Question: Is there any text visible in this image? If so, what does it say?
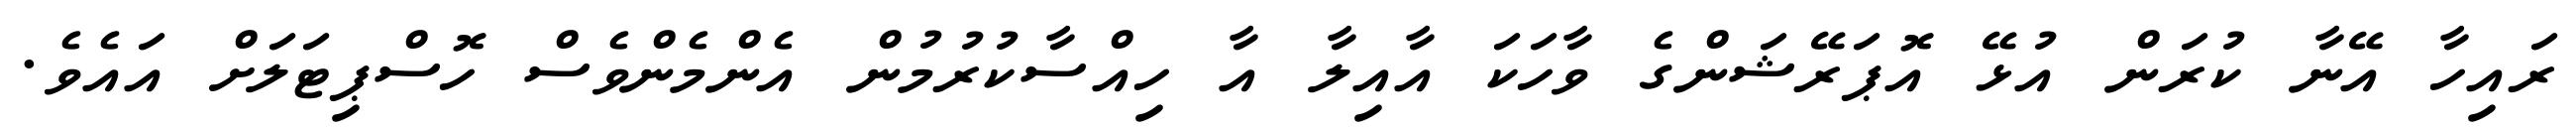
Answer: ރައިހާ އޭނާ ކުރަން އުޅޭ އޮޕަރޭޝަންގެ ވާހަކަ އާއިލާ އާ ހިއްސާކުރުމުން އެންމެންވެސް ހޮސްޕިޓަލަށް އައެވެ.